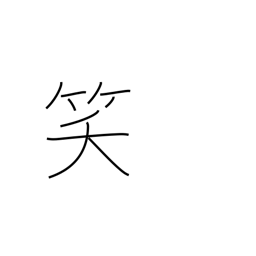
Meaning: laugh